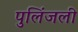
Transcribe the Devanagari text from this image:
पुलिंजली